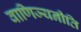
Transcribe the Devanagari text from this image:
वाणिज्यनीति